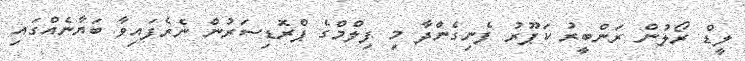
ލީޑް ރޯލުން ރަންބީރު ކަޕޫރު ފެނިގެންދާ މި ފިލްމްގެ ޕްރޮޑިސަރުން ނެރެފައިވާ ބަޔާނެއްގައި